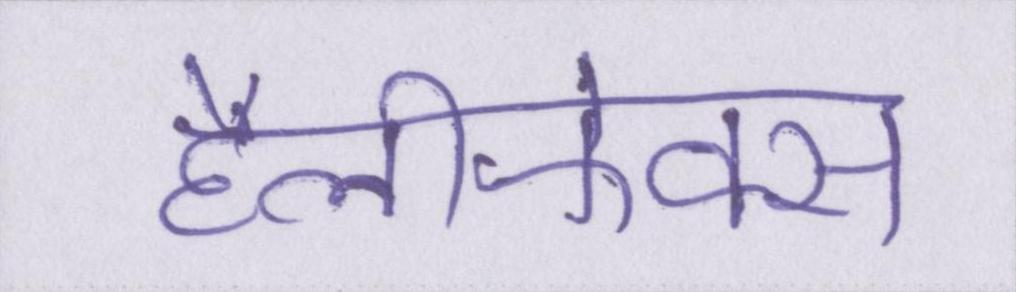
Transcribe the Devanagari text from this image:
हैलीफेक्स